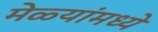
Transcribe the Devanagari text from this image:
मेळ्यांमध्ये